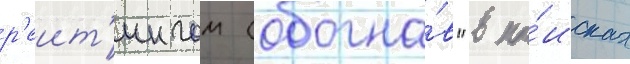
р'еит'ингом (обогна́в "в по́исках